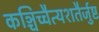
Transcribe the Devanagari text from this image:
कञ्चिच्चैत्यशतैर्जुष्ट